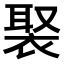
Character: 𧚿